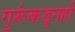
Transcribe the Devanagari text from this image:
गुरूंकडूनही